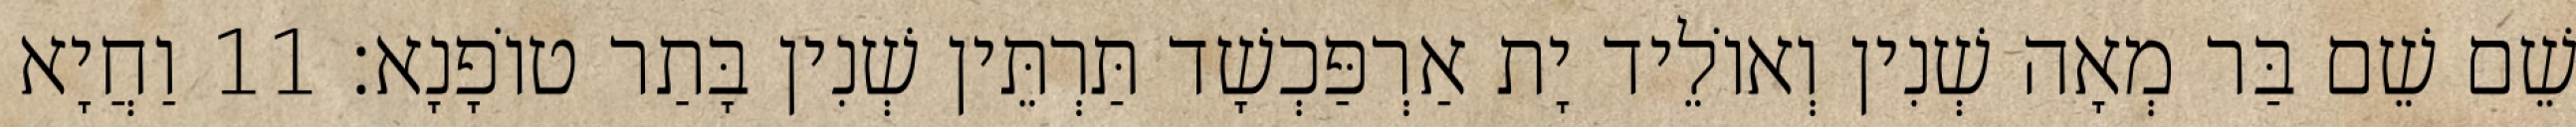
שֵׁם שֵׁם בַּר מְאָה שְׁנִין וְאוֹלֵיד יָת אַרְפַּכְשָׁד תַּרְתֵּין שְׁנִין בָּתַר טוֹפָנָא׃ 11 וַחֲיָא